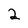
Character: 2